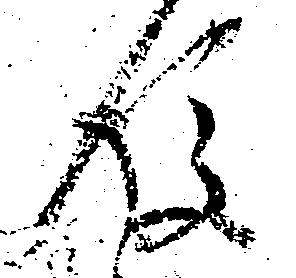
後